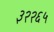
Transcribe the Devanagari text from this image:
३२२६५